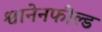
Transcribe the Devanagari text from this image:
श्वानेनफील्ड